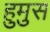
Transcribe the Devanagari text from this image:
हुमुस